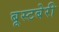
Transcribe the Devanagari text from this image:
बूस्टबेरी